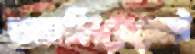
অ্যালিয়েনেট